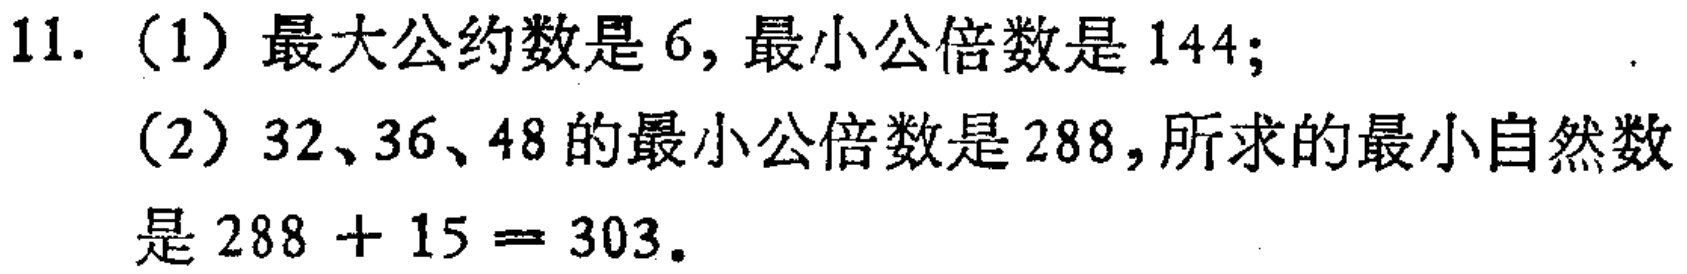
11. (1) 最大公约数是 6, 最小公倍数是 144;

(2) 32、36、48 的最小公倍数是 288, 所求的最小自然数是 \(288 + 15 = 303\).